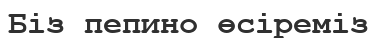
Біз пепино өсіреміз